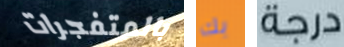
بالمتفجرات بك درجة